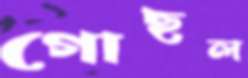
গোছল